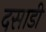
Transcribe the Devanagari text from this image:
दसाडी